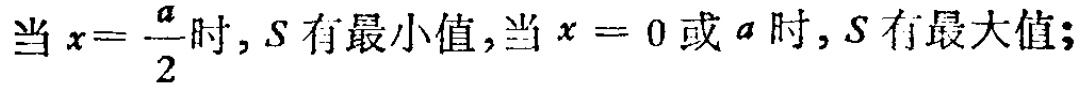
当 \(x = \frac{a}{2}\) 时, \(S\) 有最小值,当 \(x = 0\) 或 \(a\) 时, \(S\) 有最大值;